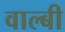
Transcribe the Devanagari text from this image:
वाल्बी